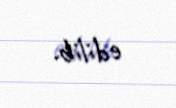
edilib.